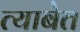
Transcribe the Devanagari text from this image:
त्याबेत